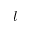
l